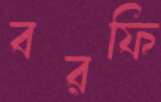
বরফি